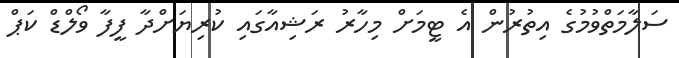
ސަލާމަތްވުމުގެ އިތުރުން އެ ޓީމަށް މިހާރު ރަޝިއާގައި ކުރިޔަށްދާ ފީފާ ވޯލްޑް ކަޕް